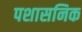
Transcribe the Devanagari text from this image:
पशासनिक